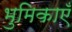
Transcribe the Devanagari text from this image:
भुमिकाएँ